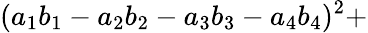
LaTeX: (a_{1}b_{1}-a_{2}b_{2}-a_{3}b_{3}-a_{4}b_{4})^{2}+